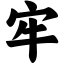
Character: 牢